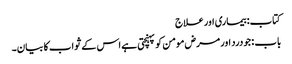
کتاب: بیماری اور علاج
باب : جو درد اور مرض مومن کو پہنچتی ہے اس کے ثواب کا بیان۔